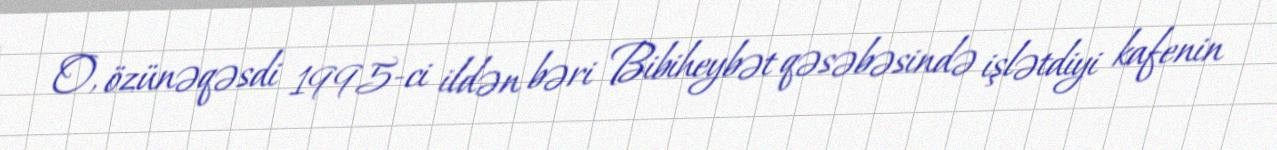
O, özünəqəsdi 1995-ci ildən bəri Bibiheybət qəsəbəsində işlətdiyi kafenin